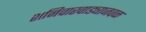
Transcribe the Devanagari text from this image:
शनिवारवाड्याजवळ